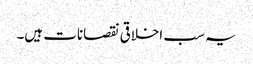
یہ سب اخلاقی نقصانات ہیں۔